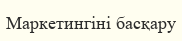
Маркетингіні басқару